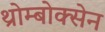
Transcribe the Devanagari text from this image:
थ्रोम्बोक्सेन